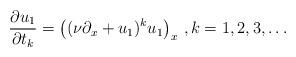
LaTeX: \begin{align*}\frac{\partial u_1}{\partial t_k}=\left( (\nu \partial_x+u_1)^k u_1 \right)_x\, , k=1,2,3,\dots\end{align*}